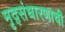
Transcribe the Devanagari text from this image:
मृद्संधारणाची